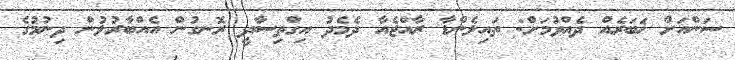
ސަންއަށް ޚަބަރެއް ދެއްވުމަށް: ތައިލެންޑާ ރާއްޖެއާ ދެމެދު އިގްތިސާދީ ރޮނގުން އެއްބާރުލުން ދިނުމުގެ